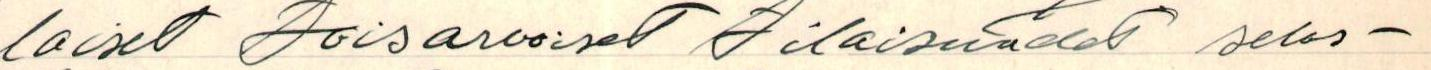
laiset toisarvoiset tilaisuudet selos-